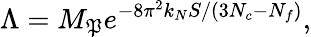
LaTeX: \Lambda=M_{\mathfrak{P}}e^{-8\pi^{2}k_{N}S/(3N_{c}-N_{f})},